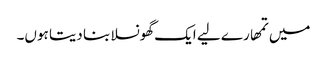
میں تمھارے لیے ایک گھونسلا بنا دیتا ہوں۔